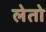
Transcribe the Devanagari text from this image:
लेतो